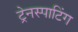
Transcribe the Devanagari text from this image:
ट्रेनस्पाटिंग